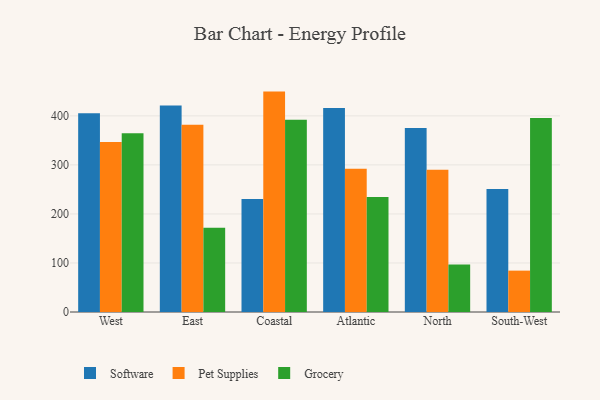
{"axis": {"x": "Region", "y": "Net Income (USD K)"}, "legend": ["Grocery", "Pet Supplies", "Software"], "data": [{"x": "West", "y": 405.3, "type": "Software"}, {"x": "West", "y": 346.9, "type": "Pet Supplies"}, {"x": "West", "y": 364.5, "type": "Grocery"}, {"x": "East", "y": 421.0, "type": "Software"}, {"x": "East", "y": 382.1, "type": "Pet Supplies"}, {"x": "East", "y": 172.0, "type": "Grocery"}, {"x": "Coastal", "y": 230.7, "type": "Software"}, {"x": "Coastal", "y": 449.5, "type": "Pet Supplies"}, {"x": "Coastal", "y": 392.2, "type": "Grocery"}, {"x": "Atlantic", "y": 415.9, "type": "Software"}, {"x": "Atlantic", "y": 292.0, "type": "Pet Supplies"}, {"x": "Atlantic", "y": 234.5, "type": "Grocery"}, {"x": "North", "y": 375.1, "type": "Software"}, {"x": "North", "y": 289.9, "type": "Pet Supplies"}, {"x": "North", "y": 96.8, "type": "Grocery"}, {"x": "South-West", "y": 250.8, "type": "Software"}, {"x": "South-West", "y": 84.4, "type": "Pet Supplies"}, {"x": "South-West", "y": 395.6, "type": "Grocery"}]}